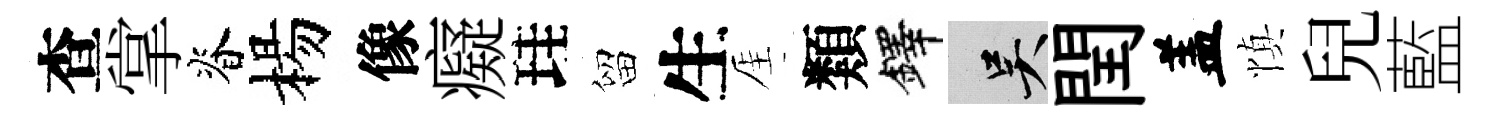
查掌脊楊像癡珪留生厓類鐸吴閏盖慎兒藍